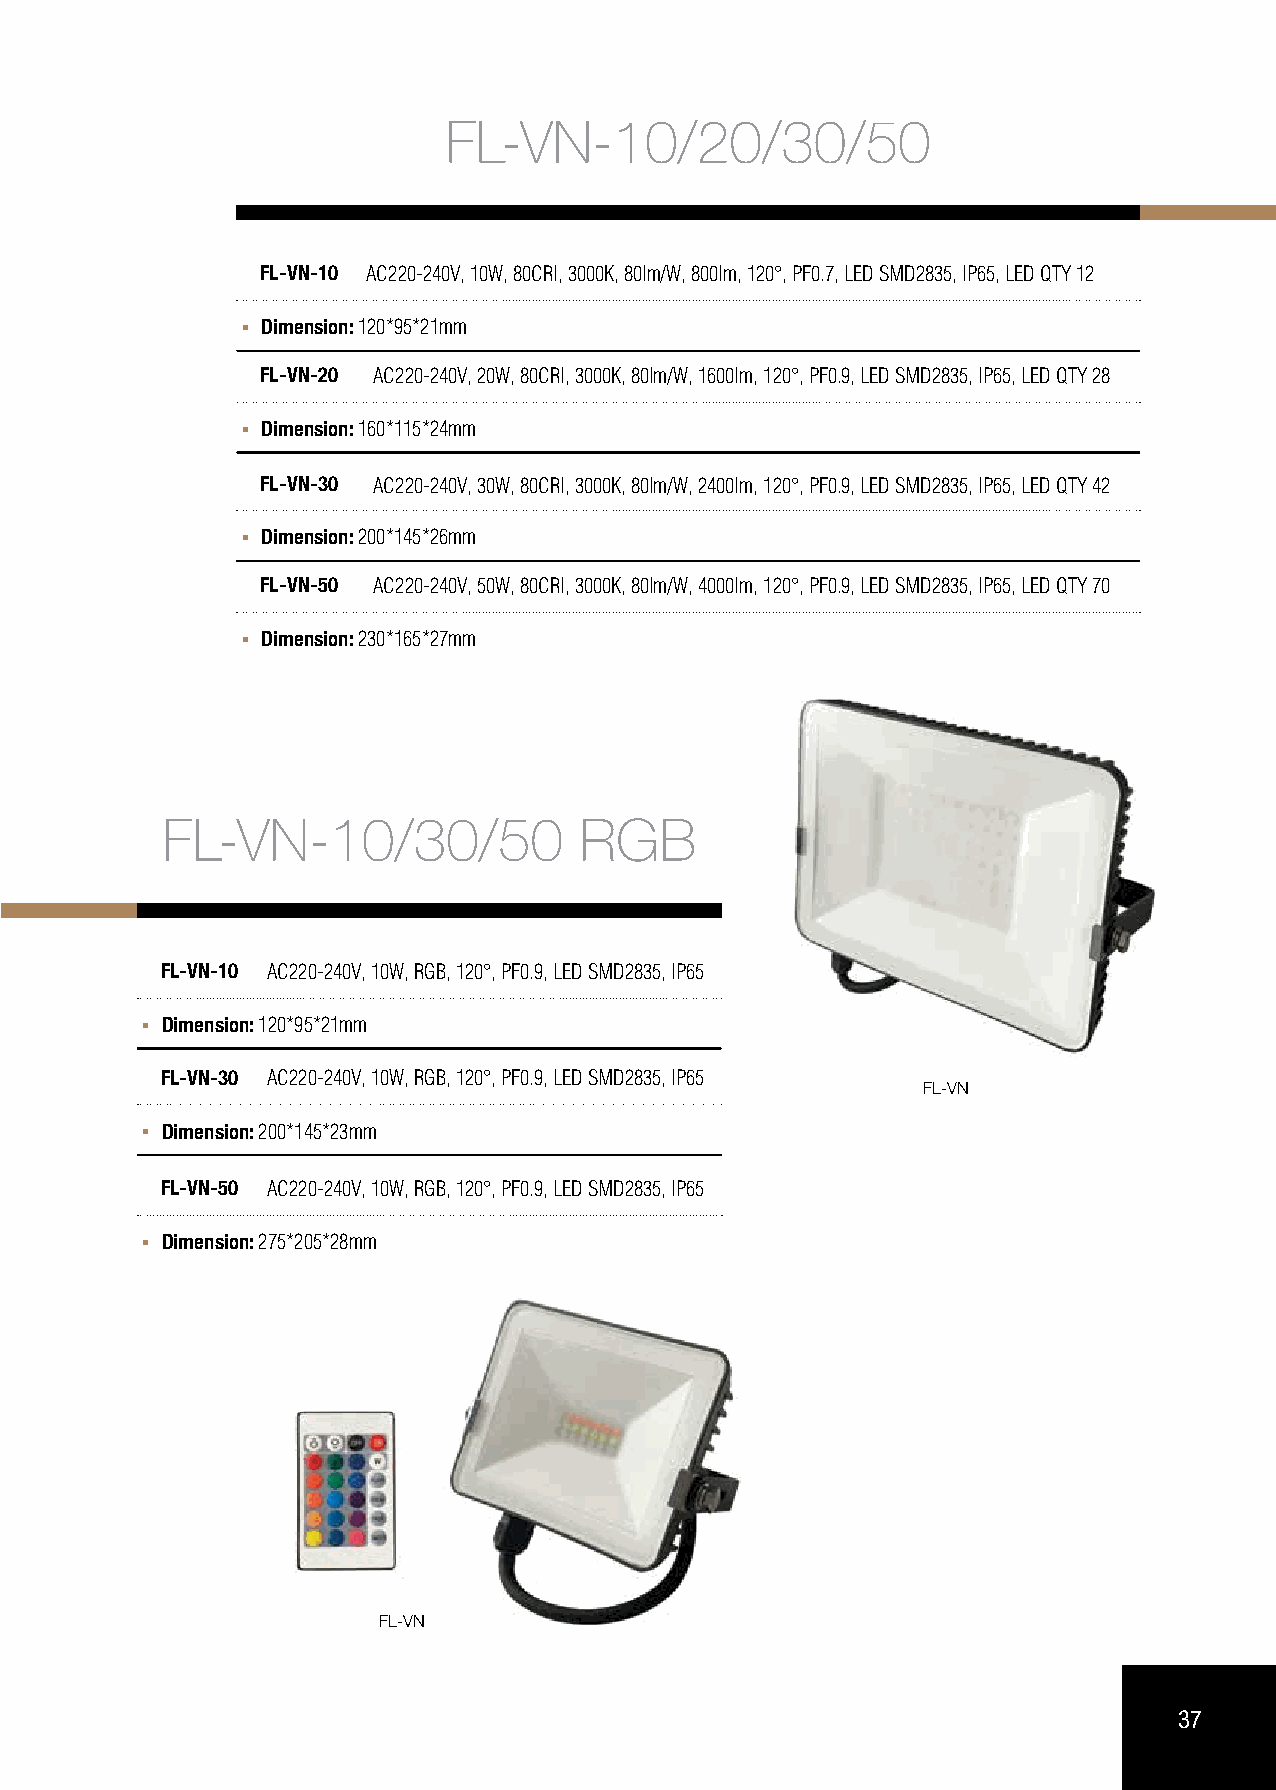
FL-VN-10/20/30/50
 FL-VN-10 AC220-240V, 10W, 80CRI, 3000K, 80lm/W, 800lm, 120°, PF0.7, LED SMD2835, IP65, LED QTY 12
 Dimension: 120*95*21mm
 FL-VN-20 AC220-240V, 20W, 80CRI, 3000K, 80lm/W, 1600lm, 120°, PF0.9, LED SMD2835, IP65, LED QTY 28
 Dimension: 160*115*24mm
 FL-VN-30 AC220-240V, 30W, 80CRI, 3000K, 80lm/W, 2400lm, 120°, PF0.9, LED SMD2835, IP65, LED QTY 42
 Dimension: 200*145*26mm
 FL-VN-50 AC220-240V, 50W, 80CRI, 3000K, 80lm/W, 4000lm, 120°, PF0.9, LED SMD2835, IP65, LED QTY 70
 Dimension: 230*165*27mm
 FL-VN-10/30/50             RGB
 RUEDA SHORT STAINLESS STEEL IP56 0,8W
 RUEDA        SHORT        STAINLESS
 FL-VN-10 AC220-240V, 10W, RGB, 120°, PF0.9, LED SMD2835, IP65
 STEEL       IP56    0,8W
 Dimension: 120*95*21mm
 FL-VN-30 AC220-240V, 10W, RGB, 120°, PF0.9, LED SMD2835, IP65
 FL-VN
 Dimension: 200*145*23mm
 FL-VN-50 AC220-240V, 10W, RGB, 120°, PF0.9, LED SMD2835, IP65
 Dimension: 275*205*28mm
 FL-VN
 37